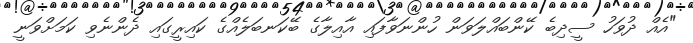
"އެއް ދުވަހު ސީދިބެ ކޭންބައްލަވަން ހުންނަވާފައި އާއިލާގެ ބޭކަނބަލެއްގެ ކައިރީގައި ދެންނެވި ކަމަށްވަނީ